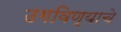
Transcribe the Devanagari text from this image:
उगविण्याचे